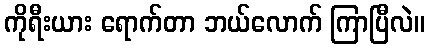
ကိုရီးယား ရောက်တာ ဘယ်လောက် ကြာပြီလဲ။